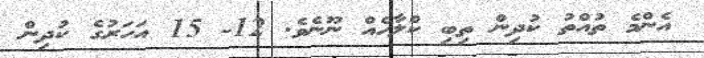
އެންމެ ތުއްތު ކުދިން ތިބި ކްލާހެއް ނޫނެވެ. 12- 15 އަހަރުގެ ކުދިން